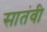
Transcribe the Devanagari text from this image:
सातंवी